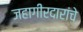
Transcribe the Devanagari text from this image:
जहागीरदारांचे